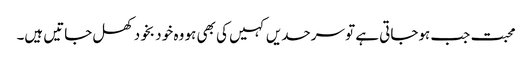
محبت جب ہوجاتی ہے تو سرحدیں کہیں کی بھی ہو وہ خو د بخود کھل جاتیں ہیں۔